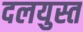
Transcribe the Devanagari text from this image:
दलयुस्त